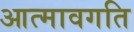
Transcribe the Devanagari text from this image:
आत्मावगति